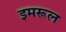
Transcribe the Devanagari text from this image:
इमरूल